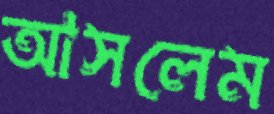
আসলেম